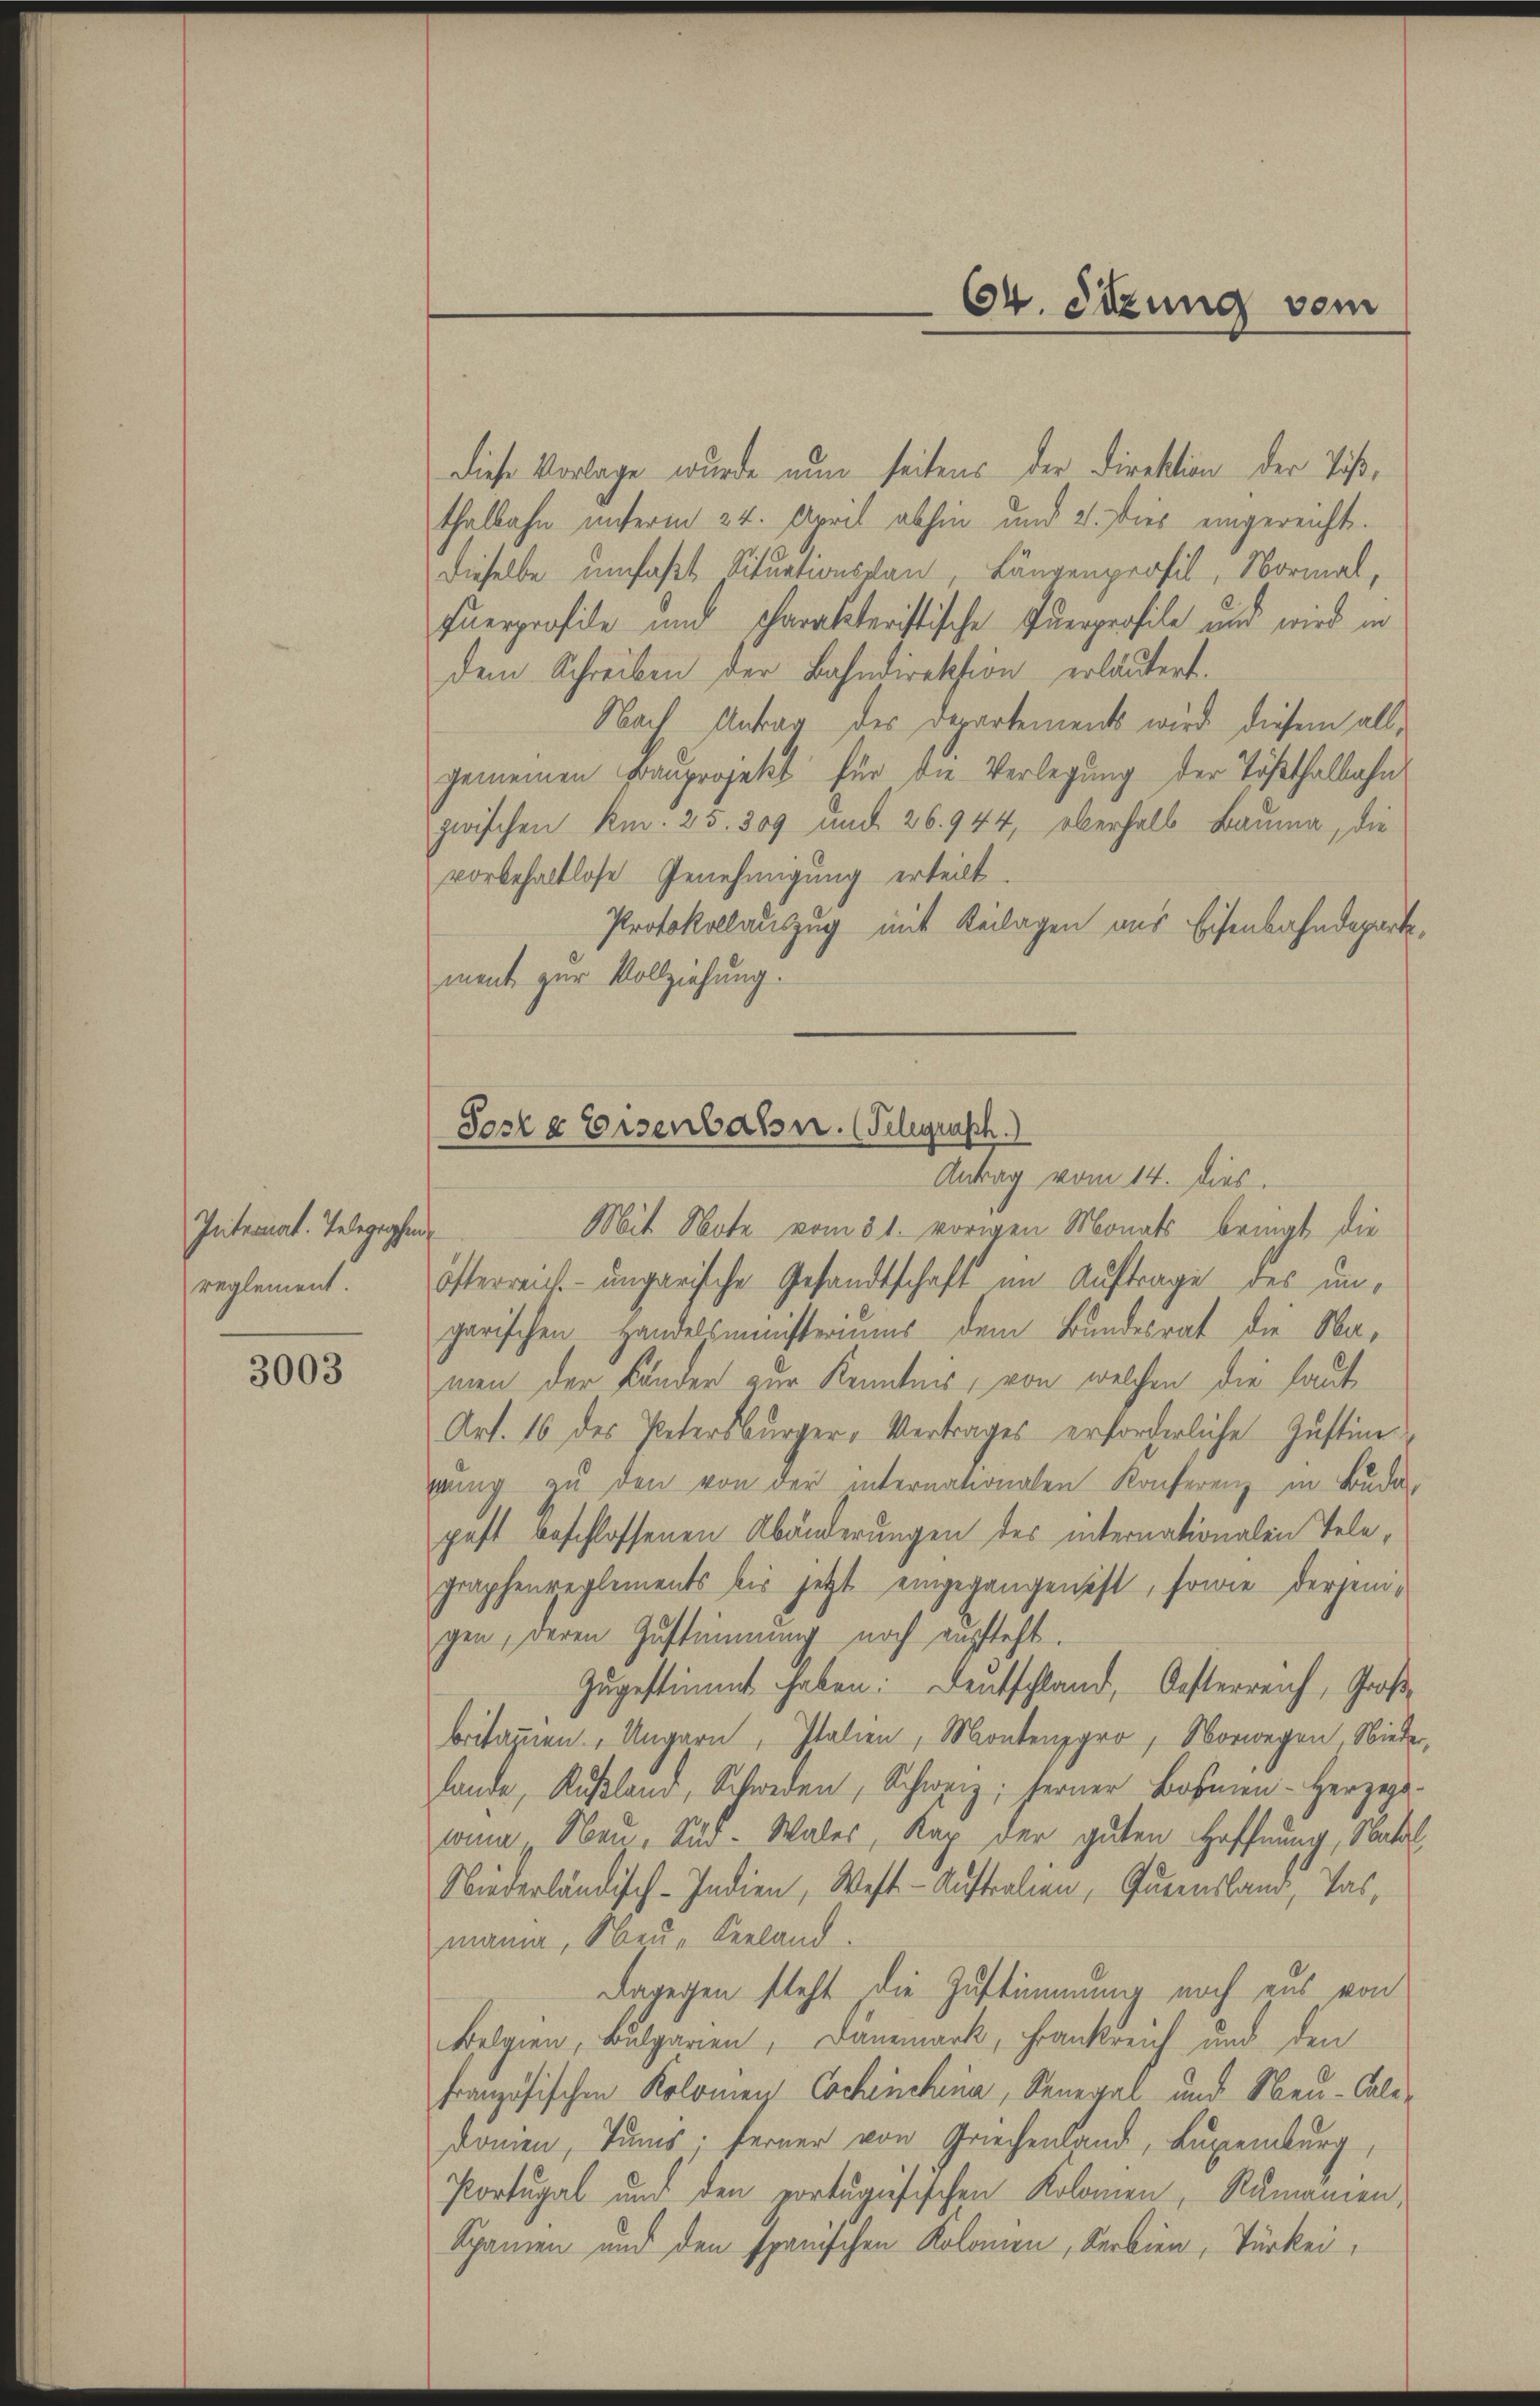
Interat. Telegephenreglement.

3003

Diese Vorlage wurde nun seitens der Direktion der Tößthalbahn unterm 24. April abhin und 2. Dies eingereicht.
Dieselbe umfaßt Situationsgau, Längenprofil, Normal,
fuerprofile und scharakteristische Querprofile und wird in
dem Schreiben der Bahndirektion erläutert.
Nach Antrag des Departements wird diesem allgemeinen Frauprojekt für die Verlegung der Tößthalbahn
zwischen Kr. 25. 309 und 26. 944, überhalb Bauma, die
vorbehaltlose Genehmigung erteilt.
Protokollauszug mit Beilagen aus Eisenbahndepartement zur Vollziehung.

Mit Note vom 31. vorigen Monats bringt die
öfterreich ungarische Gesandtschaft im Auftrage des ungarischen Handelsministeriums dem Bundesrat die Namen der Bänder zur Kenntnis, von welchen die laut
Art. 16 des Petersburger-Vertrages erforderliche Zustimging zŭ den von der internationalen Konferenz in Buda
pest beschlossenen Abänderungen des internationalen Telegraphenreglements bis jetzt eingegangen ist, sowie derjeni-
gen, deren Zustimmung noch aussteht.
zugestimmt haben. Dentschland, Oesterreich, Großbritannen. Ungarn, Italien, Montenzpro, Vorwegen Nieder,
lande, Rußland, Schweden, Schweiz, ferner Bosmen - Herzego-
lona Nau. Süd- Wales, Rap der guten Hoffnung, Natal
Niederländisch-Indien, West - Auftralien, Queensland, Tas,
mann, Neu Verland.
Dagegen steht die Zustimmung noch aus von
Belgien, Balgarien, Dänemark, Frankreich und den
Französischen Kolomey Cochenchena, Seneral- und Neu-Cale¬
Domen, Tums. ferner von Griechenland, Luxenburg,
Portugal und den portugisischen Kolomen, Rumanien,
Spanien und den spanischen Kolomen, Serbien, Türkei

.
64. Sitzung vom

Soser Eisenbahn. (Telegrasch.)
Antrag vom 14. dies.